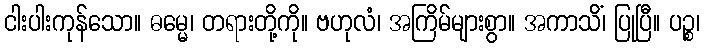
ငါးပါးကုန်သော။ ဓမ္မေ၊ တရားတို့ကို။ ဗဟုလံ၊ အကြိမ်များစွာ။ အကာသိံ၊ ပြုပြီ။ ပဉ္စ၊